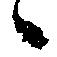
々